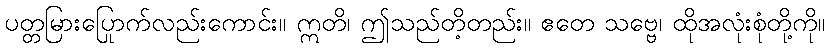
ပတ္တမြားပြောက်လည်းကောင်း။ ဣတိ၊ ဤသည်တို့တည်း။ ဧတေ သဗ္ဗေ၊ ထိုအလုံးစုံတို့ကို။